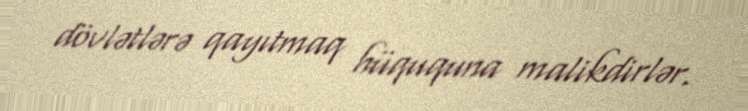
dövlətlərə qayıtmaq hüququna malikdirlər.